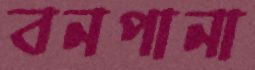
বনপানা